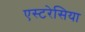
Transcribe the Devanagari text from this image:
एस्टरेसिया